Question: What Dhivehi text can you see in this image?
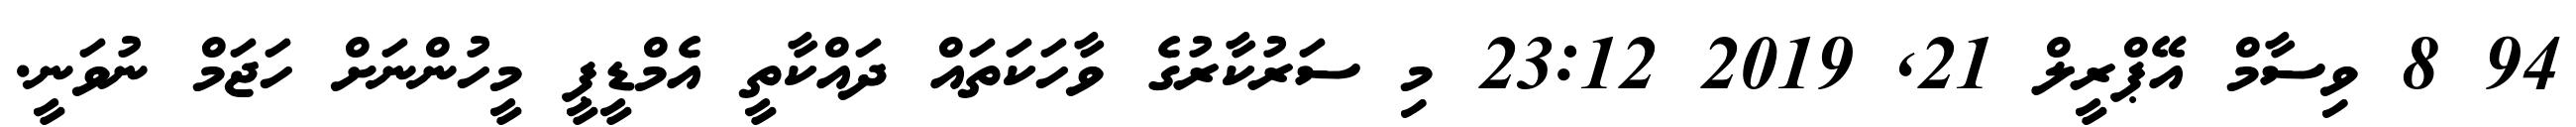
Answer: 94 8 ވިސާމް އޭޕްރީލް 21, 2019 23:12 މި ސަރުކާރުގެ ވާހަކަތައް ދައްކާތީ އެމްޑީޕީ މީހުންނަށް ހަޖަމް ނުވަނީ.